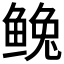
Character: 𩾅